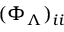
( \Phi _ { \Lambda } ) _ { i i }